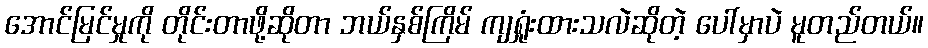
အောင်မြင်မှုကို တိုင်းတာဖို့ဆိုတာ ဘယ်နှစ်ကြိမ် ကျရှုံးထားသလဲဆိုတဲ့ ပေါ်မှာပဲ မူတည်တယ်။